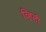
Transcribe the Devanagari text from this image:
व्हिली